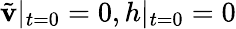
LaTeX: \tilde{\mathbf{v}}|_{t=0}=0,h|_{t=0}=0